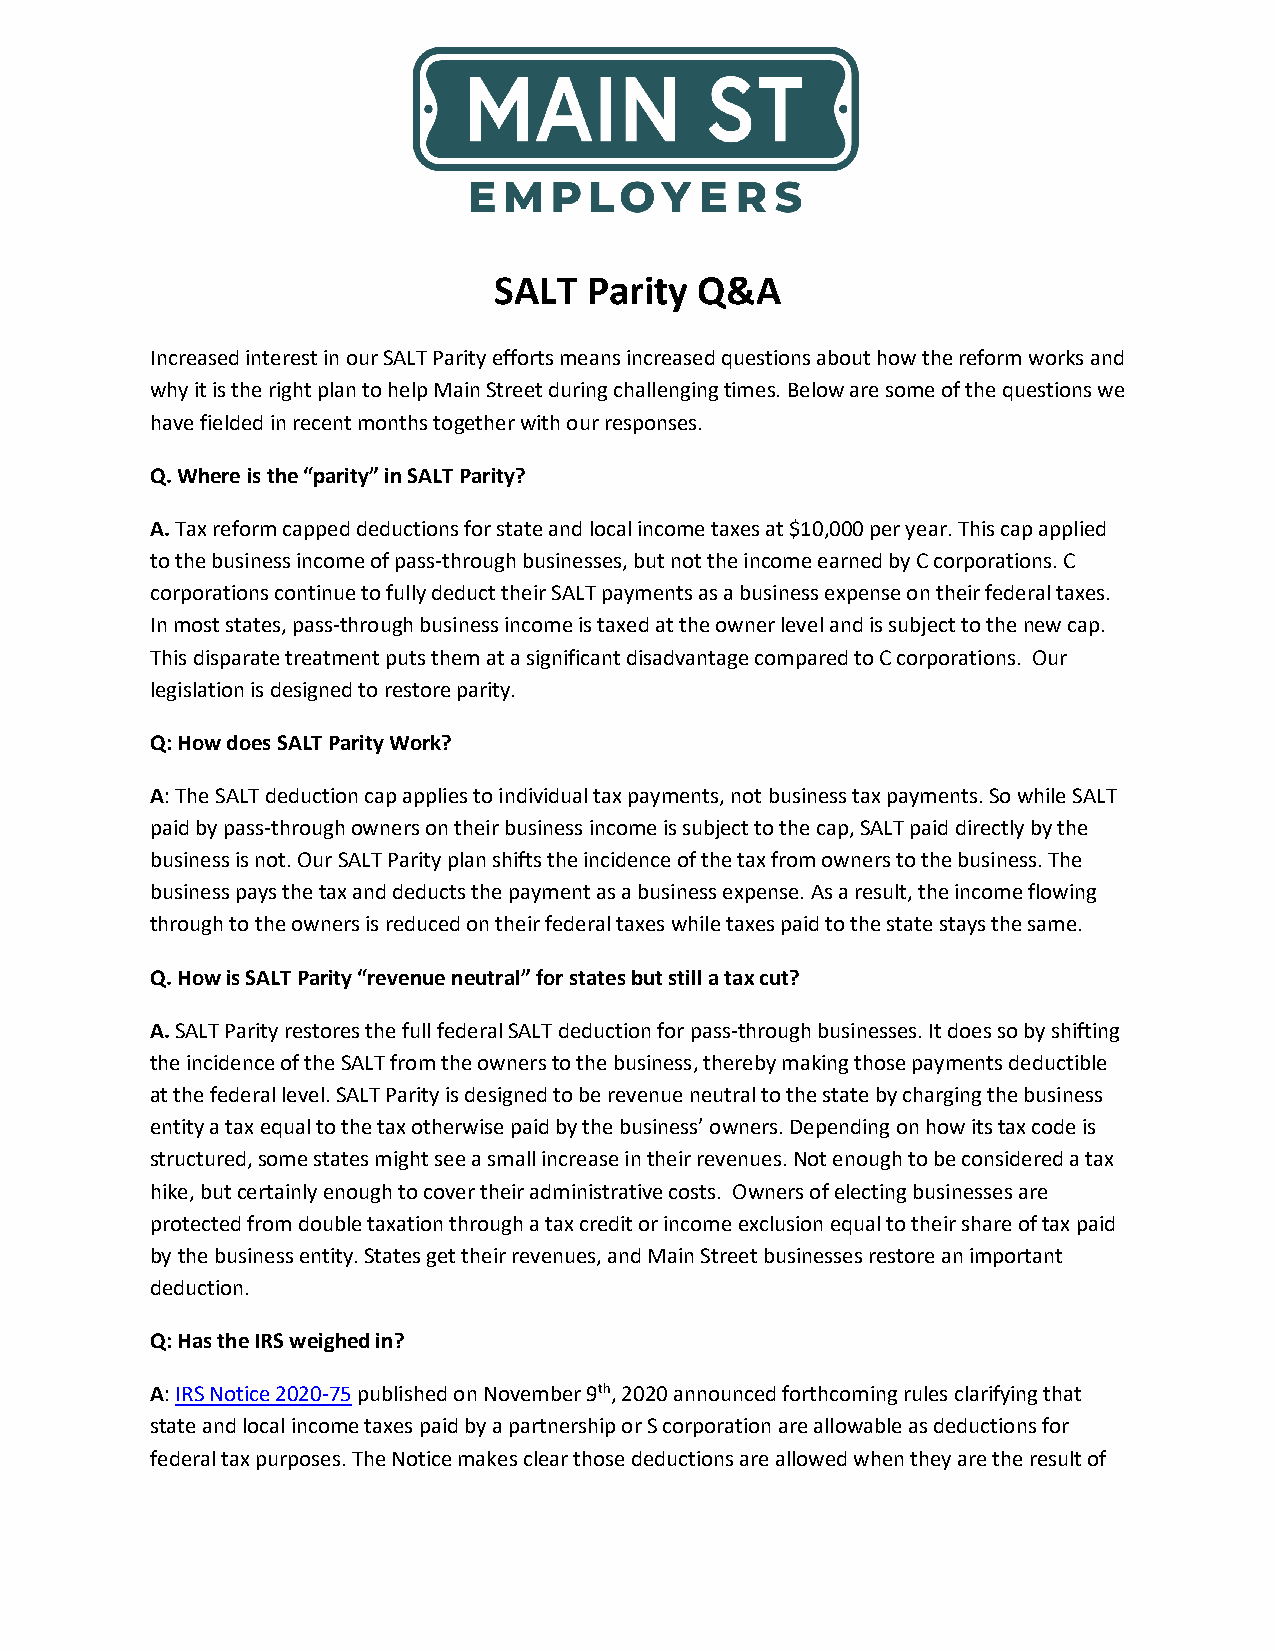
SALT  Parity Q&A
 Increased interest in our SALT Parity efforts means increased questions about how the reform works and
 why it is the right plan to help Main Street during challenging times. Below are some of the questions we
 have fielded in recent months together with our responses.
 Q. Where is the “parity” in SALT Parity?
 A. Tax reform capped deductions for state and local income taxes at $10,000 per year. This cap applied
 to the business income of pass-through businesses, but not the income earned by C corporations. C
 corporations continue to fully deduct their SALT payments as a business expense on their federal taxes.
 In most states, pass-through business income is taxed at the owner level and is subject to the new cap.
 This disparate treatment puts them at a significant disadvantage compared to C corporations. Our
 legislation is designed to restore parity.
 Q: How does SALT Parity Work?
 A: The SALT deduction cap applies to individual tax payments, not business tax payments. So while SALT
 paid by pass-through owners on their business income is subject to the cap, SALT paid directly by the
 business is not. Our SALT Parity plan shifts the incidence of the tax from owners to the business. The
 business pays the tax and deducts the payment as a business expense. As a result, the income flowing
 through to the owners is reduced on their federal taxes while taxes paid to the state stays the same.
 Q. How is SALT Parity “revenue neutral” for states but still a tax cut?
 A. SALT Parity restores the full federal SALT deduction for pass-through businesses. It does so by shifting
 the incidence of the SALT from the owners to the business, thereby making those payments deductible
 at the federal level. SALT Parity is designed to be revenue neutral to the state by charging the business
 entity a tax equal to the tax otherwise paid by the business’ owners. Depending on how its tax code is
 structured, some states might see a small increase in their revenues. Not enough to be considered a tax
 hike, but certainly enough to cover their administrative costs. Owners of electing businesses are
 protected from double taxation through a tax credit or income exclusion equal to their share of tax paid
 by the business entity. States get their revenues, and Main Street businesses restore an important
 deduction.
 Q: Has the IRS weighed in?
 A: IRS Notice 2020-75 published on November 9th, 2020 announced forthcoming rules clarifying that
 state and local income taxes paid by a partnership or S corporation are allowable as deductions for
 federal tax purposes. The Notice makes clear those deductions are allowed when they are the result of